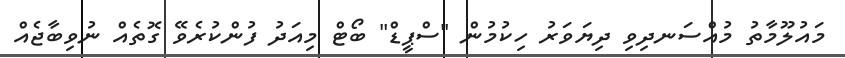
މައުލޫމާތު މުއްސަނދިވި ދިޔަވަރު ހިކުމުން "ސްޕީޑް" ބޯޓް މިއަދު ފުންކުރެވޭ ގޮތެއް ނުވިބާޖެއް